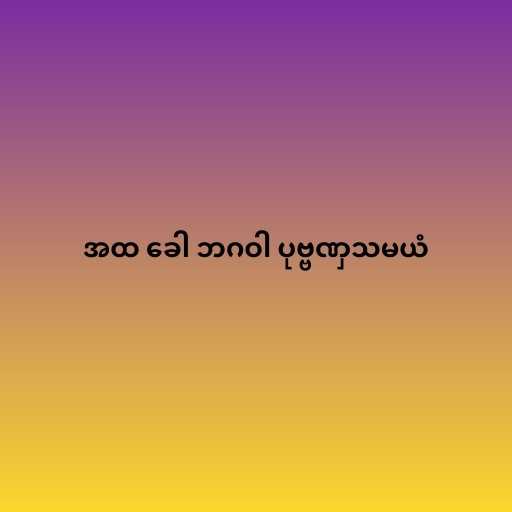
အထ ခေါ ဘဂဝါ ပုဗ္ဗဏှသမယံ